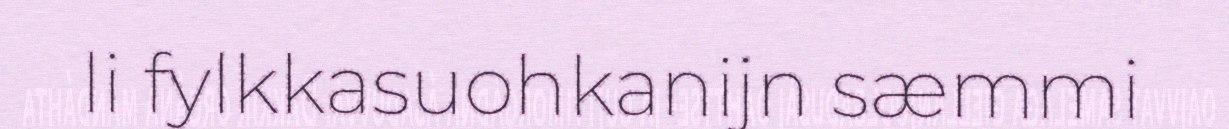
li fylkkasuohkanijn sæmmi